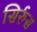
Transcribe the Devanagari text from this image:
सिर्रुस